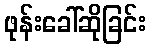
ဖုန်းခေါ်ဆိုခြင်း